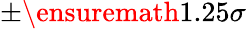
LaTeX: \pm\ensuremath{1.25\sigma}